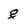
Character: g